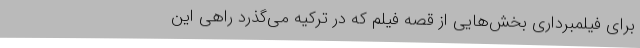
برای فیلمبرداری بخش‌هایی از قصه فیلم که در ترکیه می‌گذرد راهی این